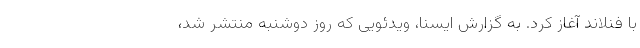
با فنلاند آغاز کرد. به گزارش ایسنا، ویدئویی که روز دوشنبه منتشر شد،